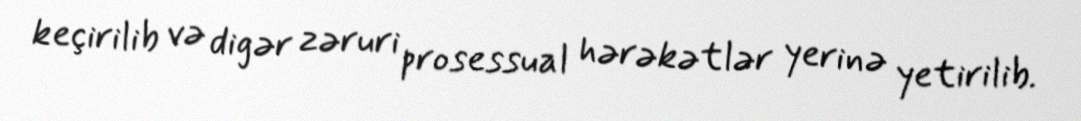
keçirilib və digər zəruri prosessual hərəkətlər yerinə yetirilib.